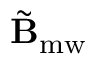
\tilde { \mathbf { B } } _ { \mathrm { m w } }